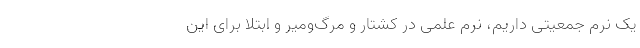
یک نرم جمعیتی داریم، نرم علمی در کشتار و مرگ‌ومیر و ابتلا برای این